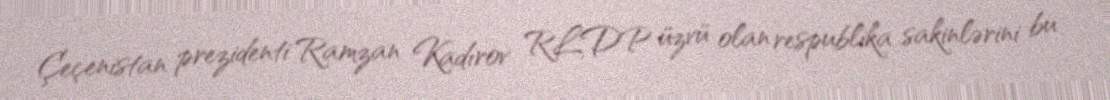
Çeçenistan prezidenti Ramzan Kadırov RLDP üzvü olan respublika sakinlərini bu